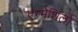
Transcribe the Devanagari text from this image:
एम्मेशिर्ला